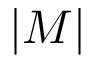
| M |